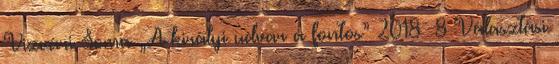
Vizvári Soma „A királyi udvar a fontos” 2018 8 Választási